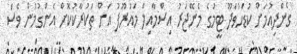
ގެންދިއުމަށް ކުޑަހުވަދޫ ޓީމުގެ މެނޭޖަރު އިސްމާއިލް މައުރޫފު އަށް ތަކުރާކުކޮށް އެންގުމުން ވެސް